Jaan_Tonisson_(Lasteleht), lk 164
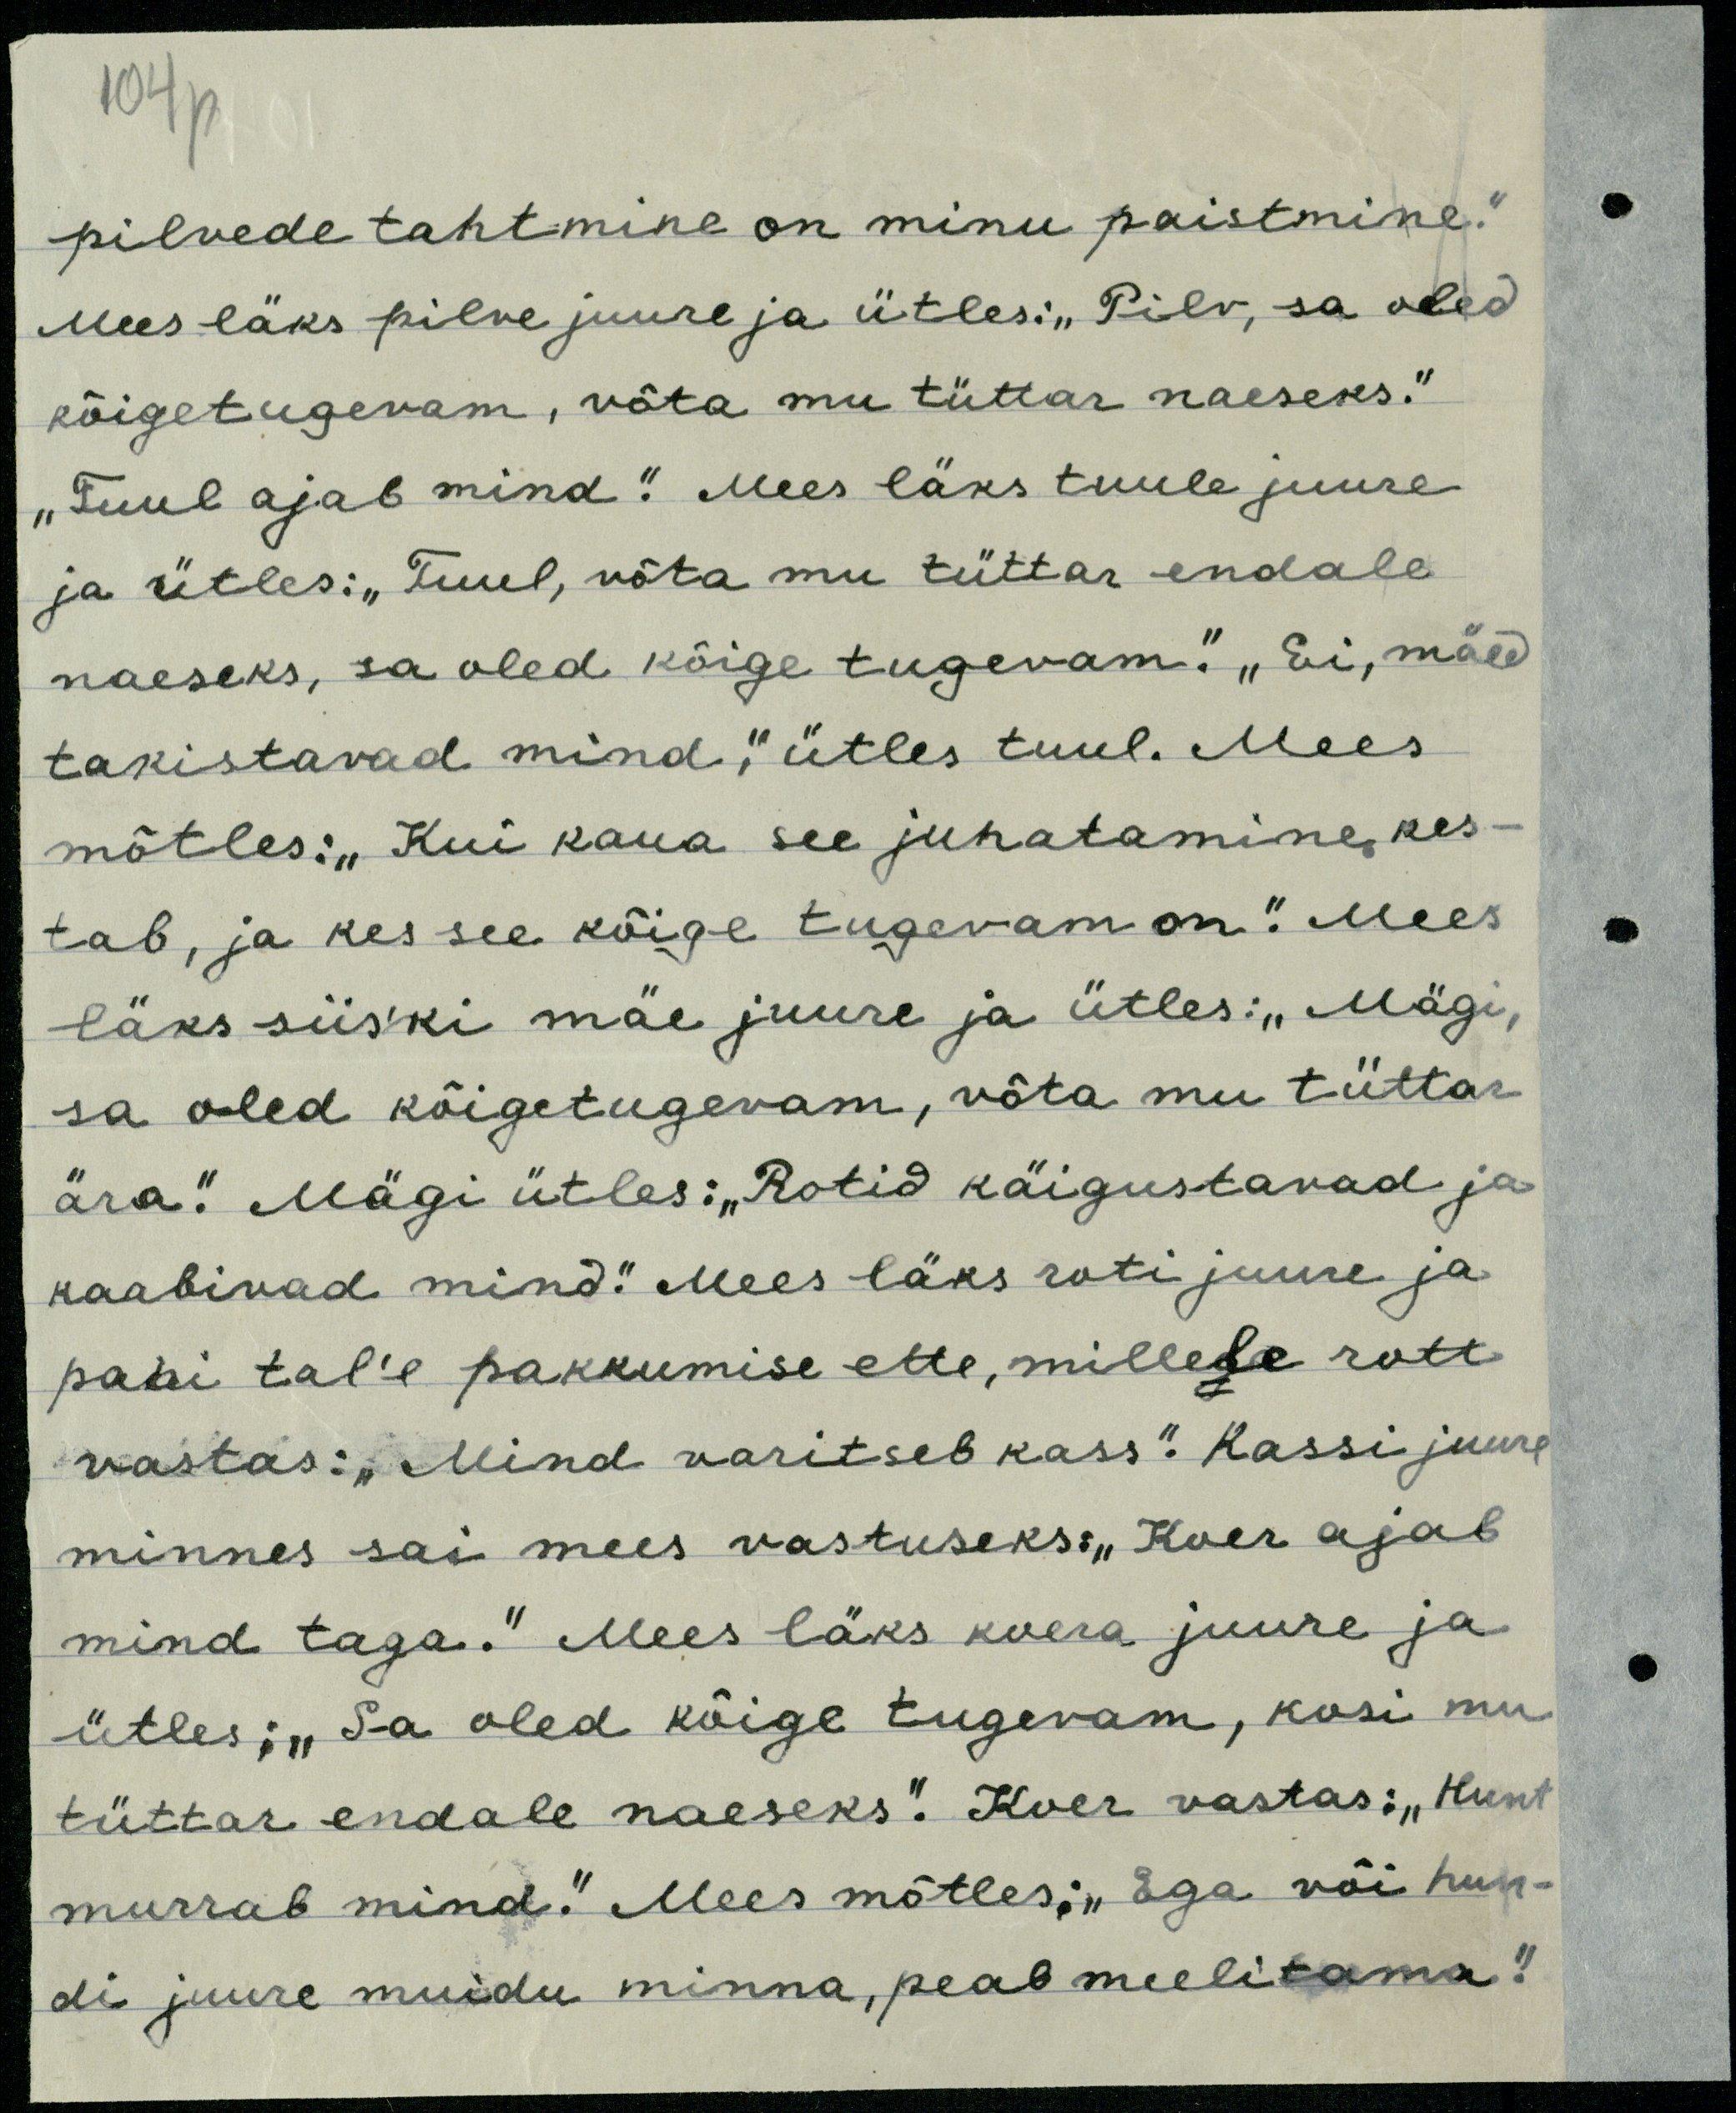
104p

pilvede tahtmine on minu paistmine."
Mees läks pilve juure ja ütles: "Pilv, sa oled
kõigetugevam, võta mu tüttar naeseks."
"Tuul ajab mind." Mees läks tuule juure
ja ütles: "Tuul, võta mu tüttar endale,
naeseks, sa oled kõige tugevam." "Ei, mäed
takistavad mind," ütles tuul. Mees
mõtles: "Kui kaua see juhatamine kes-
tab, ja kes see kõige tugevam on." Mees
läks siiski mäe juure ja ütles: "Mägi,
sa oled kõigetugevam, võta mu tüttar
ära." Mägi ütles: "Rotid käigustavad ja
kaabivad mind." Mees läks roti juure ja
pani tal'e pakkumise ette, millele rott
vastas: "Mind varitseb kass." Kassi juurde
minnes sai mees vastuseks: "Koer ajab
mind taga." Mees läks koera juure ja
ütles: "Sa oled kõige tugevam, kosi mu
tüttar endale naeseks." Kver vastas: "Hunt
murrab mind." Mees mõtles: "Ega või hun-
di juure muidu minna, peab meelitama."